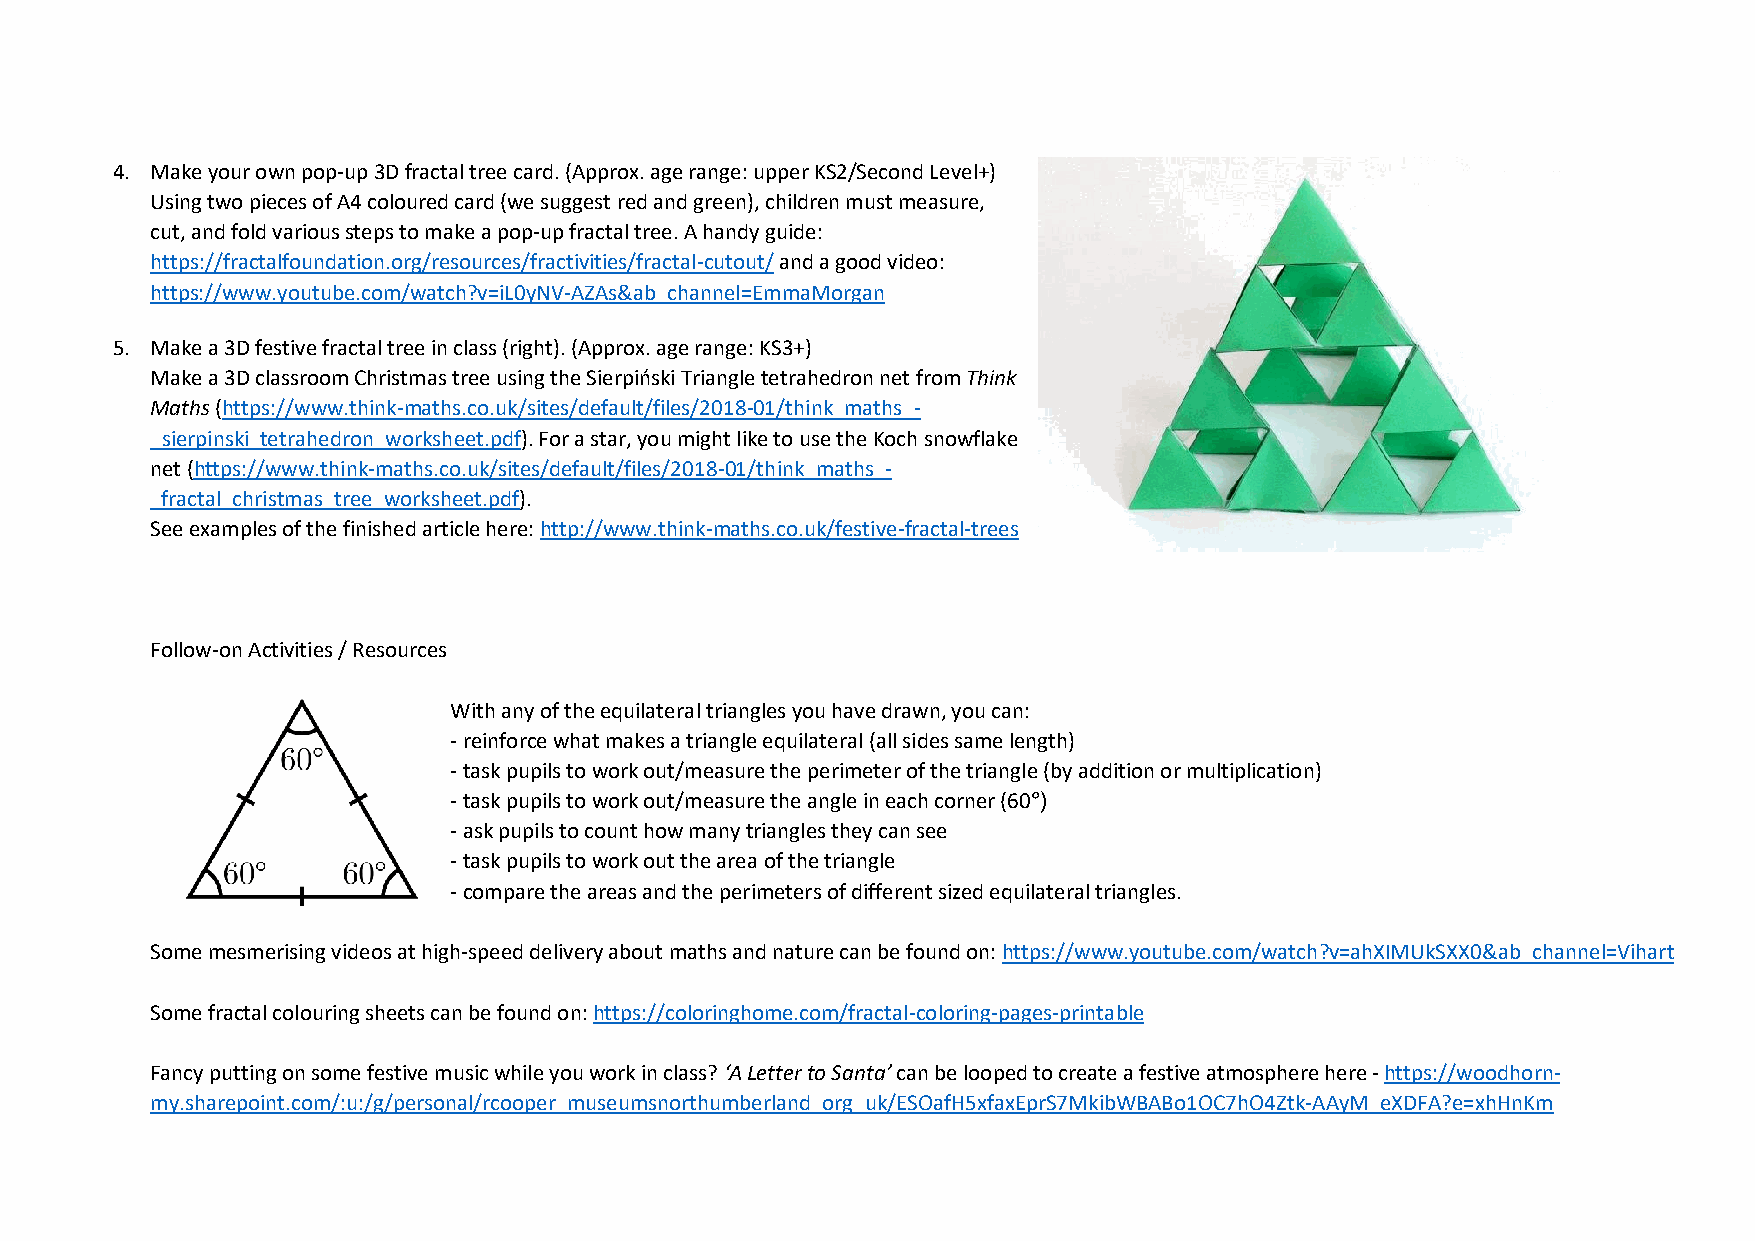
4. Make your own pop-up 3D fractal tree card. (Approx. age range: upper KS2/Second Level+)
 Using two pieces of A4 coloured card (we suggest red and green), children must measure,
 cut, and fold various steps to make a pop-up fractal tree. A handy guide:
 https://fractalfoundation.org/resources/fractivities/fractal-cutout/ and a good video:
 https://www.youtube.com/watch?v=iL0yNV-AZAs&ab_channel=EmmaMorgan
 5. Make a 3D festive fractal tree in class (right). (Approx. age range: KS3+)
 Make a 3D classroom Christmas tree using the Sierpiński Triangle tetrahedron net from Think
 Maths (https://www.think-maths.co.uk/sites/default/files/2018-01/think_maths_-
 _sierpinski_tetrahedron_worksheet.pdf). For a star, you might like to use the Koch snowflake
 net (https://www.think-maths.co.uk/sites/default/files/2018-01/think_maths_-
 _fractal_christmas_tree_worksheet.pdf).
 See examples of the finished article here: http://www.think-maths.co.uk/festive-fractal-trees
 Follow-on Activities / Resources
 With any of the equilateral triangles you have drawn, you can:
 - reinforce what makes a triangle equilateral (all sides same length)
 - task pupils to work out/measure the perimeter of the triangle (by addition or multiplication)
 - task pupils to work out/measure the angle in each corner (60°)
 - ask pupils to count how many triangles they can see
 - task pupils to work out the area of the triangle
 - compare the areas and the perimeters of different sized equilateral triangles.
 Some mesmerising videos at high-speed delivery about maths and nature can be found on: https://www.youtube.com/watch?v=ahXIMUkSXX0&ab_channel=Vihart
 Some fractal colouring sheets can be found on: https://coloringhome.com/fractal-coloring-pages-printable
 Fancy putting on some festive music while you work in class? ‘A Letter to Santa’ can be looped to create a festive atmosphere here - https://woodhorn-
 my.sharepoint.com/:u:/g/personal/rcooper_museumsnorthumberland_org_uk/ESOafH5xfaxEprS7MkibWBABo1OC7hO4Ztk-AAyM_eXDFA?e=xhHnKm